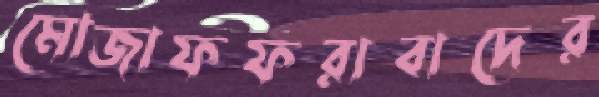
মোজাফফরাবাদের